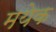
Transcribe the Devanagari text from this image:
मयेक